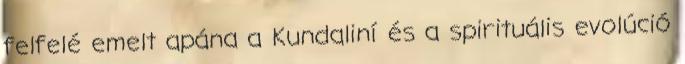
felfelé emelt apána a Kundaliní és a spirituális evolúció